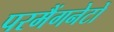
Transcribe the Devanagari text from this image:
परमैंगनेटों